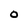
Character: O